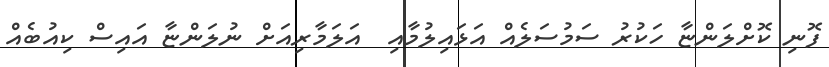
ފޮނި ކޮށްލަންޏާ ހަކުރު ސަމުސަލެއް އަޅައިލުމާއި  އަލަމާރިއަށް ނުލަންޏާ އައިސް ކިއުބެއް